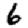
Digit: 6